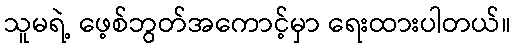
သူမရဲ့ ဖေ့စ်ဘွတ်အကောင့်မှာ ရေးထားပါတယ်။